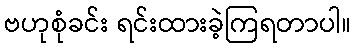
ဗဟုစုံခင်း ရင်းထားခဲ့ကြရတာပါ။